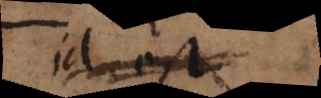
id est